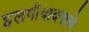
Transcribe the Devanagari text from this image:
हलगीवादनाचे